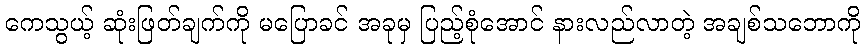
ကေသွယ့် ဆုံးဖြတ်ချက်ကို မပြောခင် အခုမှ ပြည့်စုံအောင် နားလည်လာတဲ့ အချစ်သဘောကို